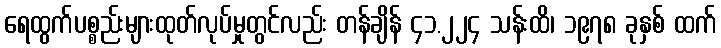
ရေထွက်ပစ္စည်းများထုတ်လုပ်မှုတွင်လည်း တန်ချိန် ၄၁.၂၂၄ သန်းထိ၊ ၁၉၇၈ ခုနှစ် ထက်